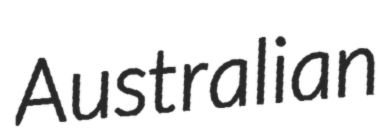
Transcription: Australian